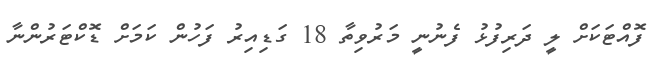
ފޮއްޓަކަށް ލީ ދަރިފުޅު ފެނުނީ މަރުވިތާ 18 ގަޑިއިރު ފަހުން ކަމަށް ޑޮކްޓަރުންނާ